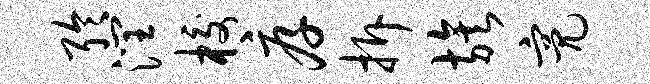
聆润校厚拆族亮